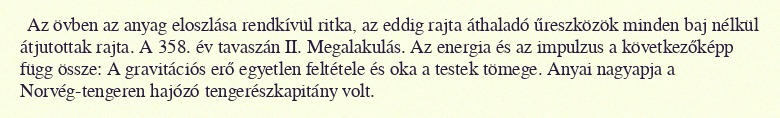
Az övben az anyag eloszlása rendkívül ritka, az eddig rajta áthaladó űreszközök minden baj nélkül átjutottak rajta. A 358. év tavaszán II. Megalakulás. Az energia és az impulzus a következőképp függ össze: A gravitációs erő egyetlen feltétele és oka a testek tömege. Anyai nagyapja a Norvég-tengeren hajózó tengerészkapitány volt.